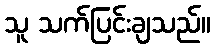
သူ သက်ပြင်းချသည်။